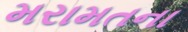
મરામતના